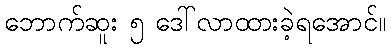
ဘောက်ဆူး ၅ ဒေါ်လာထားခဲ့ရအောင်။